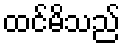
ထင်မိသည်